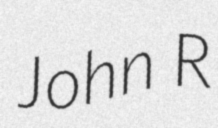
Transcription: John R